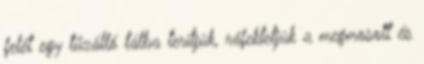
felét egy tűzálló tálba terítjük, ráfektetjük a megmosott és